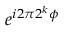
e ^ { i 2 \pi 2 ^ { k } \phi }